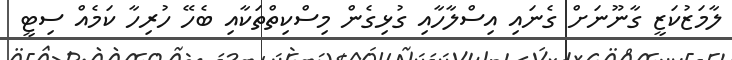
ލާމަޒުކަޒީ ގާނޫނަށް ގެނައި އިސްލާހާއި ގުޅިގެން މިސްކިތްތަކާއި ބެހޭ ހުރިހާ ކަމެއް ސިޓީ